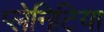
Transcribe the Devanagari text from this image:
प्लेनिटिया